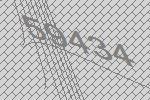
59434